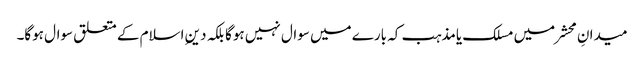
میدانِ محشر میں مسلک یامذہب کہ بارے میں سوال نہیں ہوگا بلکہ دینِ اسلام کے متعلق سوال ہوگا۔